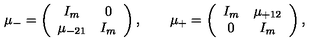
\mu _ { - } = \left( \begin{array} { c c } { I _ { m } } & { 0 } \\ { \mu _ { - 2 1 } } & { I _ { m } } \\ \end{array} \right) , \qquad \mu _ { + } = \left( \begin{array} { c c } { I _ { m } } & { \mu _ { + 1 2 } } \\ { 0 } & { I _ { m } } \\ \end{array} \right) ,